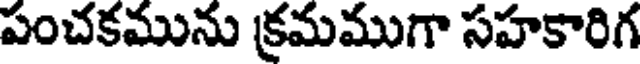
పంచకమును క్రమముగా సహకారిగ